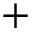
+